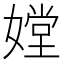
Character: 𡠠